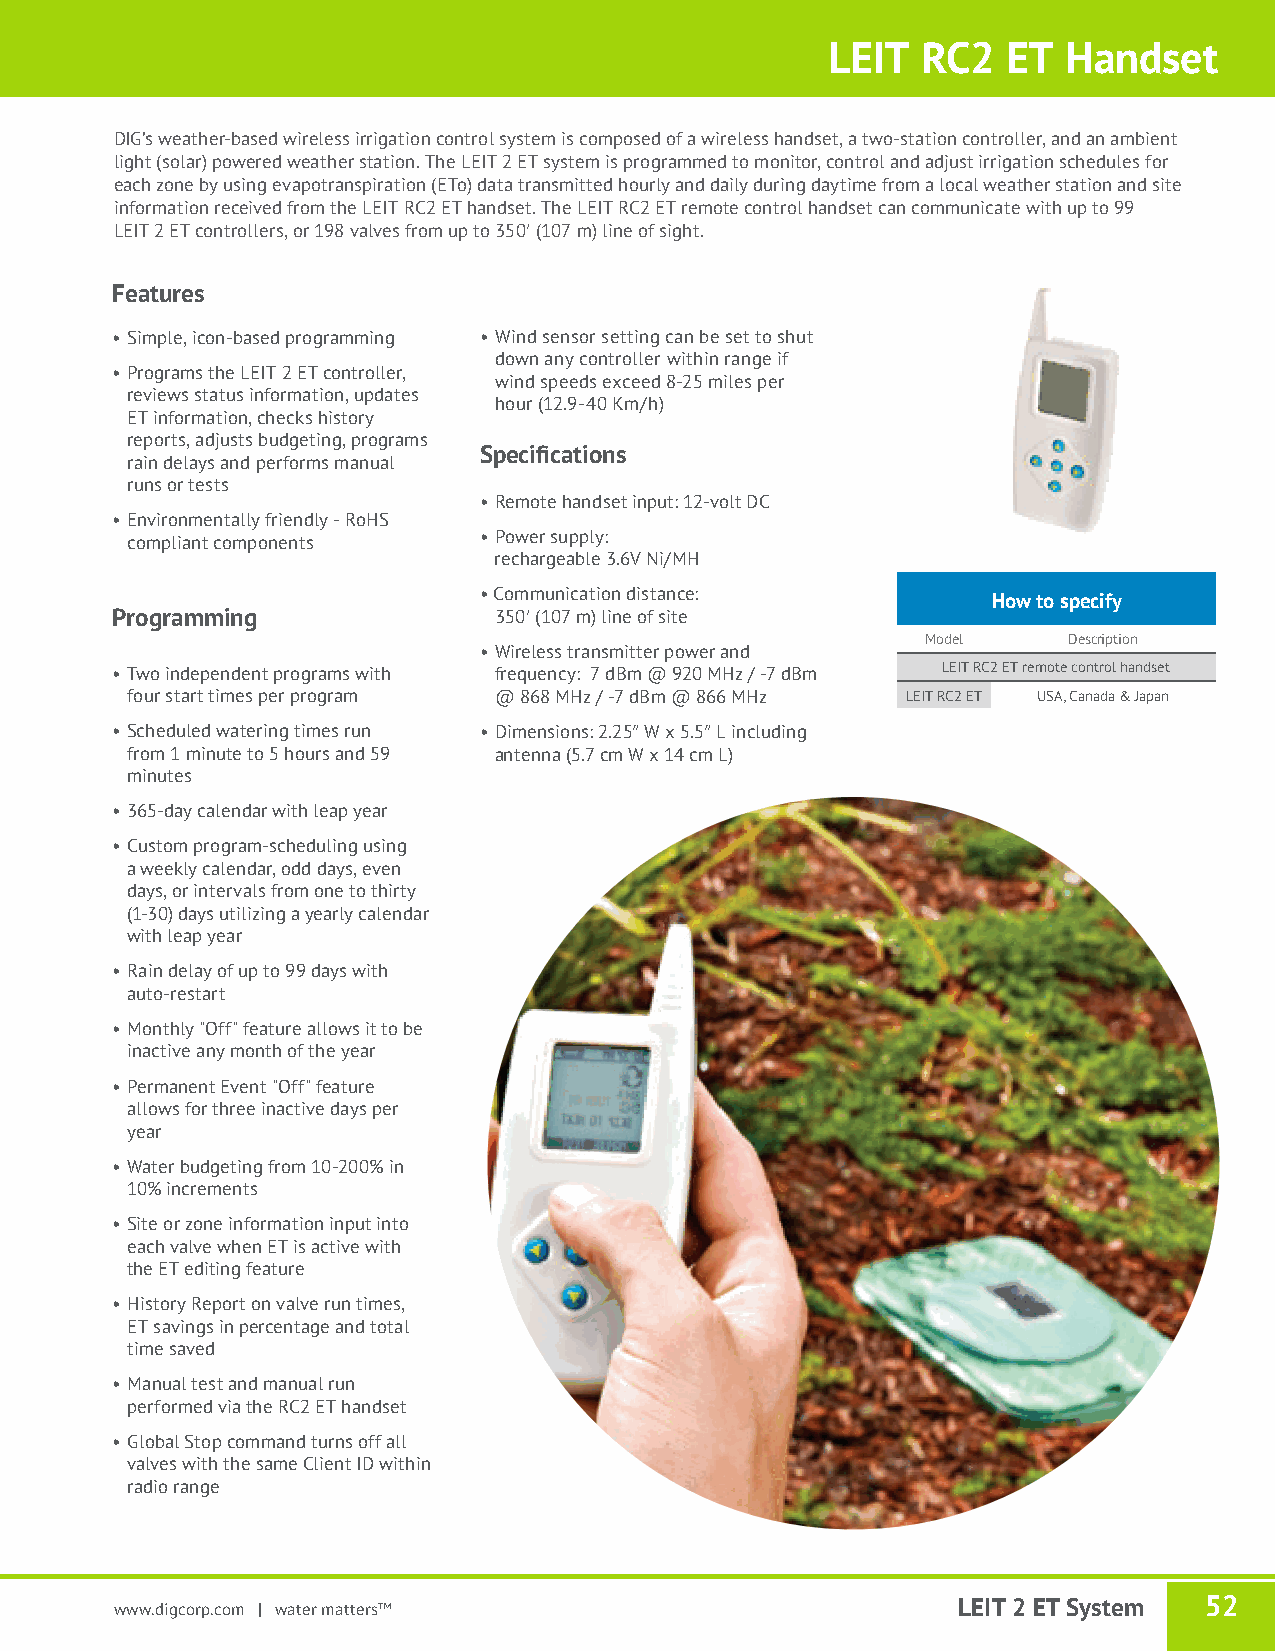
LEIT  RC2   ET  Handset
 DIG’s weather-based wireless irrigation control system is composed of a wireless handset, a two-station controller, and an ambient
 light (solar) powered weather station. The LEIT 2 ET system is programmed to monitor, control and adjust irrigation schedules for
 each zone by using evapotranspiration (ETo) data transmitted hourly and daily during daytime from a local weather station and site
 information received from the LEIT RC2 ET handset. The LEIT RC2 ET remote control handset can communicate with up to 99
 LEIT 2 ET controllers, or 198 valves from up to 350′ (107 m) line of sight.
 Features
 • Simple, icon-based programming • Wind sensor setting can be set to shut
 down any controller within range if
 • Programs the LEIT 2 ET controller,
 wind speeds exceed 8-25 miles per
 reviews status information, updates
 hour (12.9-40 Km/h)
 ET information, checks history
 reports, adjusts budgeting, programs
 rain delays and performs manual
 Specifications
 runs or tests
 • Remote handset input: 12-volt DC
 • Environmentally friendly - RoHS
 compliant components    • Power supply:
 rechargeable 3.6V Ni/MH
 • Communication distance:
 How to specify
 Programming               350′ (107 m) line of site
 Model     Description
 • Wireless transmitter power and
 • Two independent programs with frequency: 7 dBm @ 920 MHz / -7 dBm LEIT RC2 ET remote control handset
 four start times per program @ 868 MHz / -7 dBm @ 866 MHz LEIT RC2 ET USA, Canada & Japan
 • Scheduled watering times run • Dimensions: 2.25″ W x 5.5″ L including
 from 1 minute to 5 hours and 59 antenna (5.7 cm W x 14 cm L)
 minutes
 • 365-day calendar with leap year
 • Custom program-scheduling using
 a weekly calendar, odd days, even
 days, or intervals from one to thirty
 (1-30) days utilizing a yearly calendar
 with leap year
 • Rain delay of up to 99 days with
 auto-restart
 • Monthly "Off" feature allows it to be
 inactive any month of the year
 • Permanent Event "Off" feature
 allows for three inactive days per
 year
 • Water budgeting from 10-200% in
 10% increments
 • Site or zone information input into
 each valve when ET is active with
 the ET editing feature
 • History Report on valve run times,
 ET savings in percentage and total
 time saved
 • Manual test and manual run
 performed via the RC2 ET handset
 • Global Stop command turns off all
 valves with the same Client ID within
 radio range
 www.digcorp.com | water matters™                       LEIT 2 ET System 52